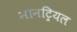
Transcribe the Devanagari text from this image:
मोनट्रियल